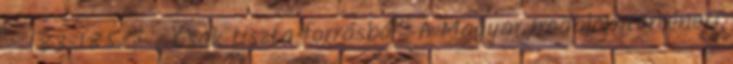
– 183-185. – „Csak tiszta forrásból” A Magyar Irodalomtörténeti